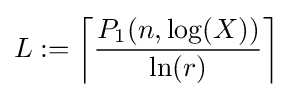
L:=\left\lceil {\frac {P_{1}(n,\log(X))}{\ln(r)}}\right\rceil